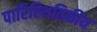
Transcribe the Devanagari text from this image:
पारिस्‍थितिकीय